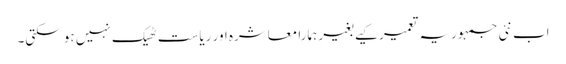
اب نئی جمہوریہ تعمیر کیے بغیر ہمارا معاشرہ اور ریاست ٹھیک نہیں ہو سکتی۔